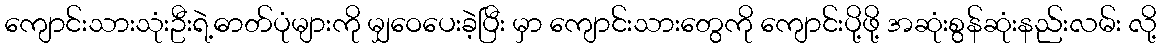
ကျောင်းသားသုံးဦးရဲ့ဓာတ်ပုံများကို မျှဝေပေးခဲ့ပြီး မှာ ကျောင်းသားတွေကို ကျောင်းပို့ဖို့ အဆုံးစွန်ဆုံးနည်းလမ်း လို့